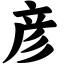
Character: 彦